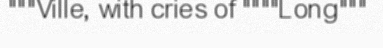
"""Ville, with cries of """"Long"""